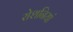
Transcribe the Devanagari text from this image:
रोशनियां